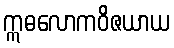
ဣဓလောကဝိဇယာယ